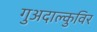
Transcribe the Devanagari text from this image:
गुअदाल्कुविर